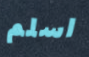
اسلم